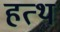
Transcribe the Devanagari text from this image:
हत्थ